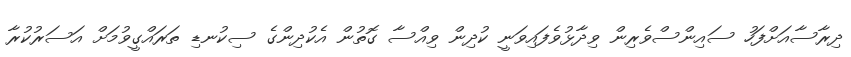
ދިރާސާއަށްފަހު ސައިންސްވެރިން ވިދާޅުވެފައިވަނީ ކުދިން ވިއްސާ ގޮތުން އެކުދިންގެ ސިކުނޑި ތަރައްގީވުމަށް އަސަރުކުރާ